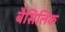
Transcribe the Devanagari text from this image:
बैसिलिक